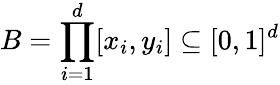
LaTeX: B=\prod_{i=1}^{d}[x_{i},y_{i}]\subseteq[0,1]^{d}